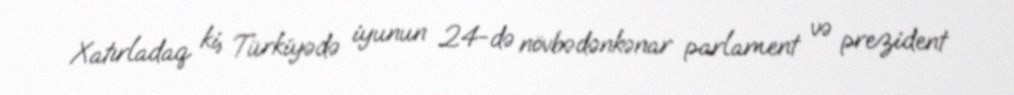
Xatırladaq ki, Türkiyədə iyunun 24-də növbədənkənar parlament və prezident